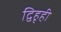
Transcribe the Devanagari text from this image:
द्विहृही